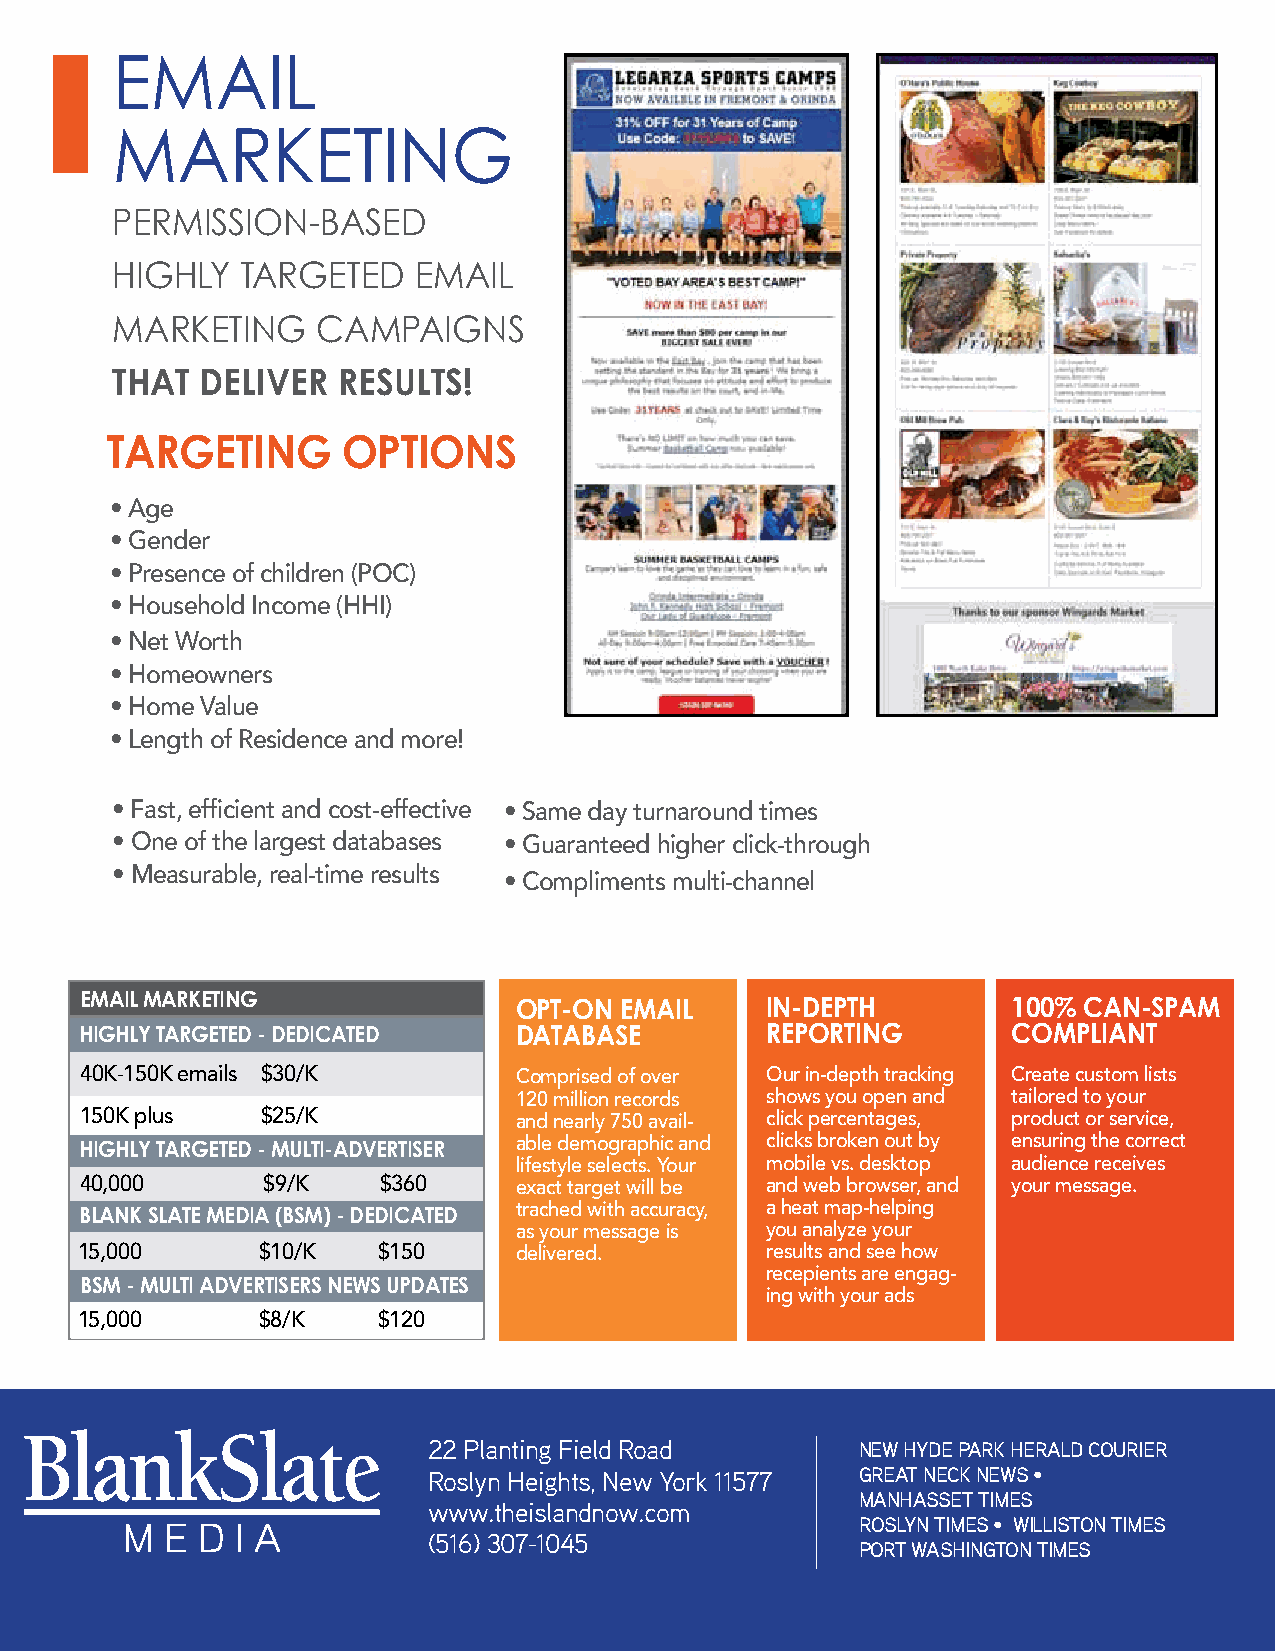
eMail
 MaRKeting
 PeRMission-based
 highly   taRgeted   eMail
 MaRKeting     caMPaigns
 that  deliver  reSultS!
 targeting       optionS
 • age
 • gender
 • presence of children (poc)
 • household income (hhi)
 • net worth
 • homeowners
 • home value
 • length of residence and more!
 • Fast, efficient and cost-effective • same day turnaround times
 • one of the largest databases • guaranteed higher click-through
 • Measurable, real-time results
 • compliments multi-channel
 eMail Marketing              opt-on eMail     in-depth        100% can-SpaM
 highly targeted - dedicated  databaSe         reporting       coMpliant
 40k-150k emails $30/k        comprised of over our in-depth tracking create custom lists
 120 million records shows you open and tailored to your
 150k plus   $25/k            and nearly 750 avail- click percentages, product or service,
 highly targeted - Multi-advertiSer able demographic and clicks broken out by ensuring the correct
 lifestyle selects. your mobile vs. desktop audience receives
 40,000      $9/k    $360     exact target will be and web browser, and your message.
 blank Slate Media (bSM) - dedicated trached with accuracy, a heat map-helping
 as your message is you analyze your
 15,000      $10/k   $150     delivered.       results and see how
 recepients are engag-
 bSM - Multi advertiSerS newS updateS
 ing with your ads
 15,000      $8/k    $120
 821 Franklin Avenue,
 22 Pl2an2t iPngla Fnietilnd gR oFaide ld Road New Hyde 8P2a1r Fkr Hanekrlainl dA vCeonuurei,e r
 Suite 208
 East HRiollss,l yn Heights, New York 11577 Great NeCSku Niteew 2s0 8•
 Garden City, NY 11530
 New York 11577                  MaNHasseGta trdiMeens City, NY 11530
 (516) 294-8900              www.theislandnow.com
 www.theislandnow.com            roslyN tiM(5e1s6 •) 2 w94il-l8is9t0o0N tiMes
 www.gcnews.com              (516) 307-1045
 (516) 307-1045                  Port wasHwiNwGwto.gNc nteiMwess.com
 Mid-islaNd tiMes / GardeN City News • betHPaGe NewsGraM
 Mid-islaNd tiMes / GardeN City News • betHPaGe NewsGraM
 jeriCHo syosset News jourNal • syosset advaNCe New Hyde Park Herald Courier • Great NeCk News • MaNHasset tiMes Mid-islaNd tiMes / GardeN City News • betHPaGe NewsGraM
 jeriCHo syosset News jourNal • syosset advaNCe
 roslyN tiMes • willistoN tiMes • Port wasHiNGtoN tiMes jeriCHo syosset News jourNal • syosset advaNCe